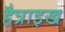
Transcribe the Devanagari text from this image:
हैन्राइख